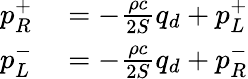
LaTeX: \begin{array}{rl}{p_{R}^{+}}&{{}=-\frac{\rho c}{2S}q_{d}+p_{L}^{+}}\\ {p_{L}^{-}}&{{}=-\frac{\rho c}{2S}q_{d}+p_{R}^{-}}\end{array}